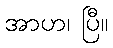
အာဟ၊ ပြီ။